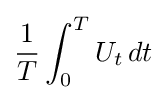
{\frac {1}{T}}\int _{0}^{T}U_{t}\,dt